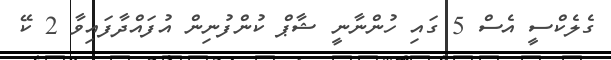
ގެލެކްސީ އެސް 5 ގައި ހުންނާނީ ޝާޕް ކުންފުނިން އުފައްދާފައިވާ 2 ކޭ